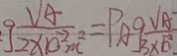
g \frac { V _ { A } } { 2 \times 1 0 ^ { - 2 } m ^ { 2 } } = P _ { A } g \frac { V _ { A } } { 3 \times 1 0 ^ { - 2 } }